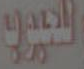
الحجيرون